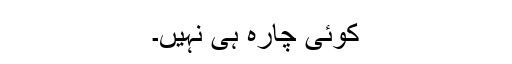
کوئی چارہ ہی نہیں۔